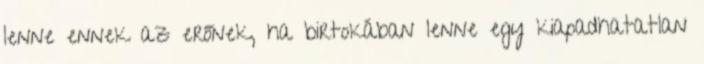
lenne ennek az erőnek, ha birtokában lenne egy kiapadhatatlan